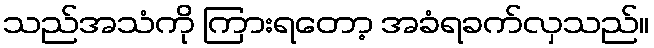
သည်အသံကို ကြားရတော့ အခံရခက်လှသည်။